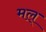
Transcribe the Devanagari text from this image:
मल्